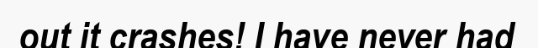
out it crashes! I have never had